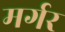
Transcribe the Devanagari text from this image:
मर्गर